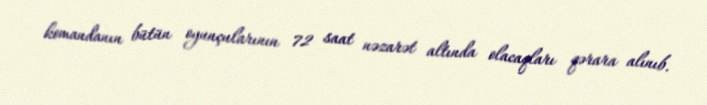
komandanın bütün oyunçularının 72 saat nəzarət altında olacaqları qərara alınıb.